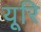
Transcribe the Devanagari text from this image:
यूरि